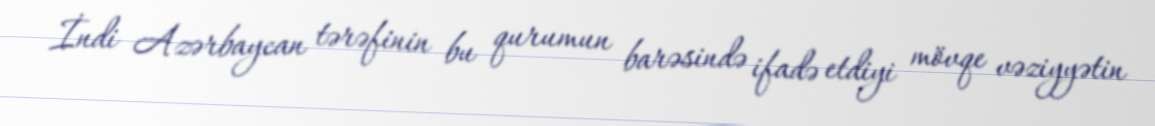
İndi Azərbaycan tərəfinin bu qurumun barəsində ifadə etdiyi mövqe vəziyyətin